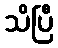
သိပြီ